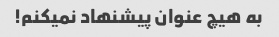
به هیچ عنوان پیشنهاد نمیکنم!